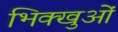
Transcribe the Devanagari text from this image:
भिक्खुओं